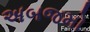
અબજમો